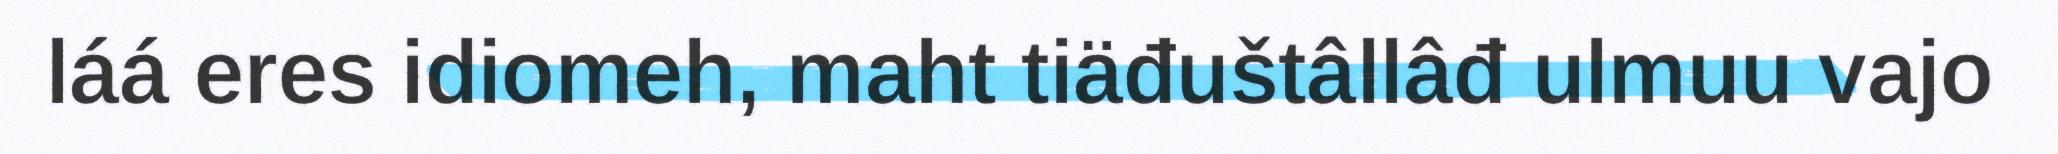
láá eres idiomeh, maht tiäđuštâllâđ ulmuu vajo